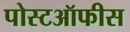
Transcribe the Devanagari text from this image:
पोस्टऑफीस